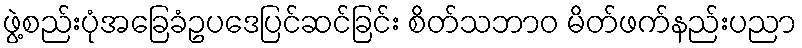
ဖွဲ့စည်းပုံအခြေခံဥပဒေပြင်ဆင်ခြင်း စိတ်သဘာဝ မိတ်ဖက်နည်းပညာ